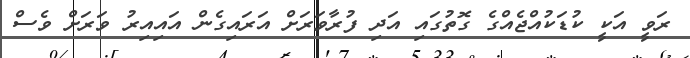
ރަވީ އަކީ ކުޑަކުއްޖެއްގެ ގޮތުގައި އަދި ފުރާވަރަށް އަރައިގެން އައިއިރު ވަރަށް ވެސް